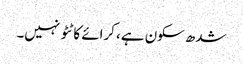
شدھ سکون ہے، کرائے کا ٹٹو نہیں۔